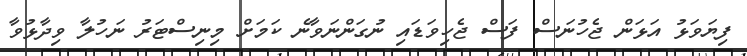
ފިޔަވަޅު އަޅަން ޖެހުނަސް ފަސް ޖެހިވަޑައި ނުގަންނަވާނެ ކަމަށް މިނިސްޓަރު ނަހުލާ ވިދާޅުވާ